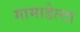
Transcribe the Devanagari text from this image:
गामाडेल्टा